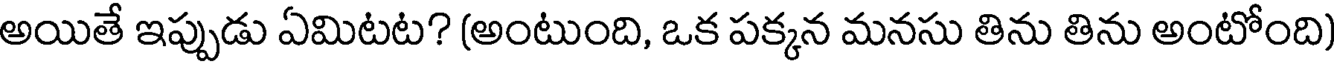
అయితే ఇప్పుడు ఏమిటట? (అంటుంది, ఒక పక్కన మనసు తిను తిను అంటోంది)